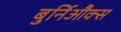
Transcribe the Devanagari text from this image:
बुर्निऔक्स